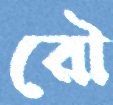
রৌ